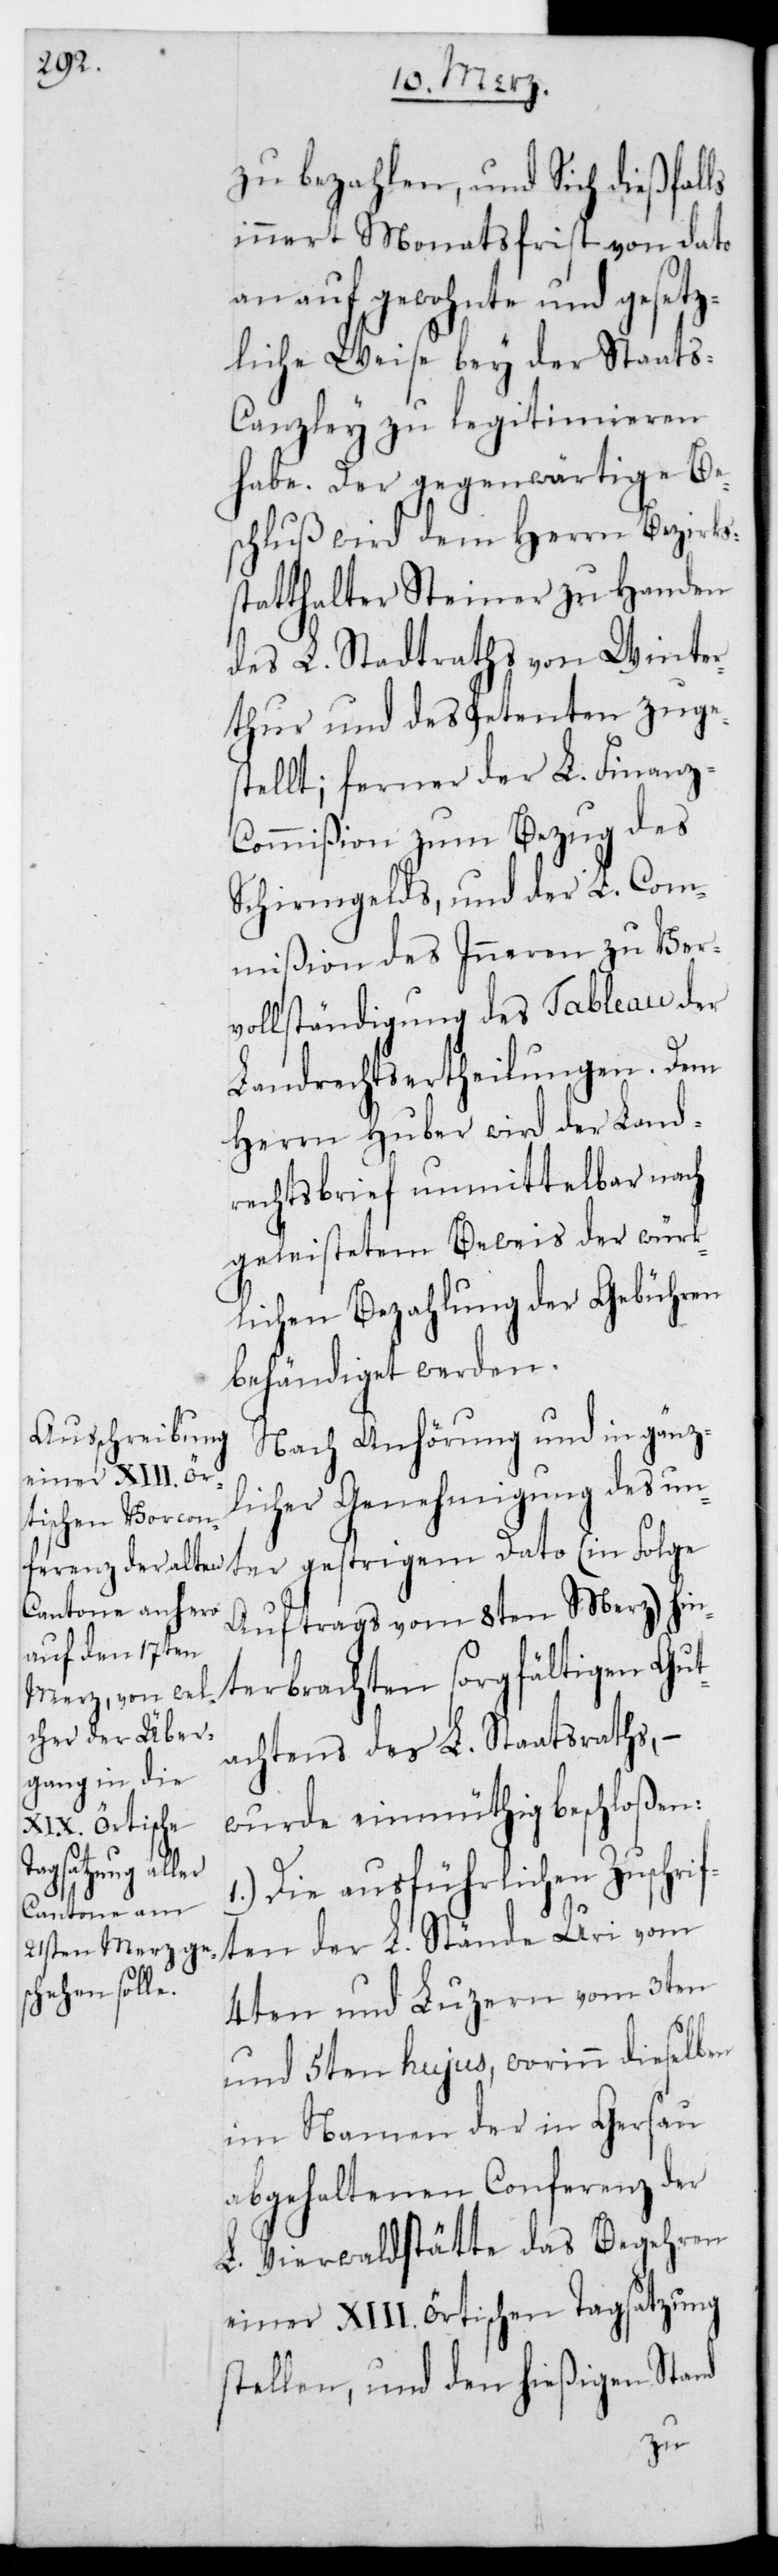
ter

zu bezahlen, und sich dießfalls
innert Monatsfrist von dato
an auf gewohnte und gesetz¬
liche Weise bey der Staats¬
canzley zu legitimieren
habe. Der gegenwärtige Bes¬
chluß wird dem Herrn Bezirks¬
statthalter Steiner zu Handen
des L. Stadtraths von Winter¬
thur und des Petenten zuge¬
stellt; ferner der L. Finanz¬
commißion zum Bezug des
Schirmgelds, und der L. Com¬
mißion des Inneren zu Ver¬
vollständigung des Tableau der
Landrechts-Ertheilungen. Dem
Herrn Huber wird der Land¬
rechtsbrief unmittelbar nach
geleistetem Beweis der würk¬
lichen Bezahlung der Gebühren
behändiget werden.
Nach Anhörung und in gänz¬
licher Genehmigung des un¬
Auftrags vom 8ten Merz) hin¬
terbrachten sorgfältigen Gut¬
achtens des L. Staatsraths, –
wurde einmüthig beschloßen:
gestrigem Dato
1.) Die ausführlichen Zuschrif¬
ten der L. Stände Uri vom
4ten und Luzern vom 3ten
und 5ten hujus, worinn dieselben
im Namen der in Gersau
abgehaltenen Conferenz der
L. Vierwaldstätte das Begehren
einer XIII. örtischen Tagsatzung
stellen, und den hießigen Stand